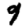
Digit: 9